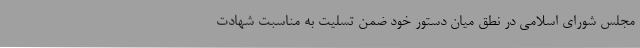
مجلس شورای اسلامی در نطق میان دستور خود ضمن تسلیت به مناسبت شهادت